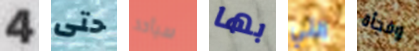
4 حتى سيأخذ بها التي وفجأة